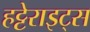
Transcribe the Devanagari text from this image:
हट्टेराइट्स